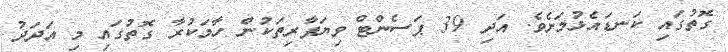
ގޮތުގައި ކަނޑައެޅުމަށެވެ. އަދި 39 ޕަސެންޓް ވިޔަފާރިތަކުން ހާމަކުރާ ގޮތުގައި މި އަދަދު